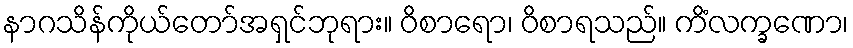
နာဂသိန်ကိုယ်တော်အရှင်ဘုရား။ ဝိစာရော၊ ဝိစာရသည်။ ကိံလက္ခဏော၊